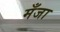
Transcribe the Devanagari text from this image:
मँजा